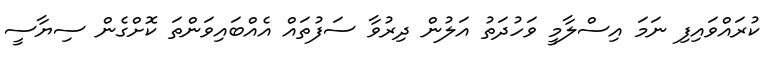
ކުރައްވައިފި ނަމަ އިސްލާމީ ވަހުދަތު އަލުން ދިރުވާ ސަފުތައް އެއްބައިވަންތަ ކޮށްގެން ސިޔާސީ